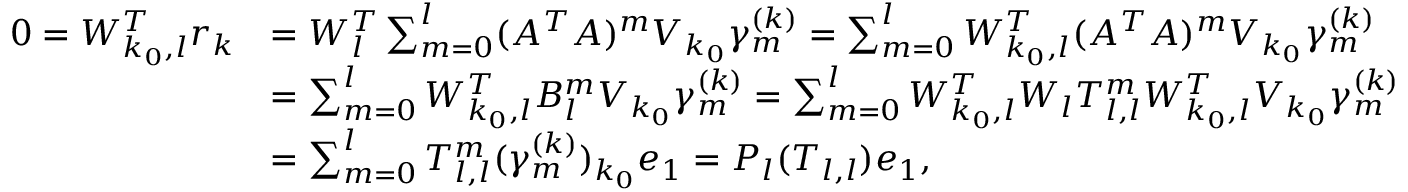
\begin{array} { r l } { 0 = W _ { k _ { 0 } , l } ^ { T } r _ { k } } & { = W _ { l } ^ { T } \sum _ { m = 0 } ^ { l } ( A ^ { T } A ) ^ { m } V _ { k _ { 0 } } \gamma _ { m } ^ { ( k ) } = \sum _ { m = 0 } ^ { l } W _ { k _ { 0 } , l } ^ { T } ( A ^ { T } A ) ^ { m } V _ { k _ { 0 } } \gamma _ { m } ^ { ( k ) } } \\ & { = \sum _ { m = 0 } ^ { l } W _ { k _ { 0 } , l } ^ { T } B _ { l } ^ { m } V _ { k _ { 0 } } \gamma _ { m } ^ { ( k ) } = \sum _ { m = 0 } ^ { l } W _ { k _ { 0 } , l } ^ { T } W _ { l } T _ { l , l } ^ { m } W _ { k _ { 0 } , l } ^ { T } V _ { k _ { 0 } } \gamma _ { m } ^ { ( k ) } } \\ & { = \sum _ { m = 0 } ^ { l } T _ { l , l } ^ { m } ( \gamma _ { m } ^ { ( k ) } ) _ { k _ { 0 } } e _ { 1 } = P _ { l } ( T _ { l , l } ) e _ { 1 } , } \end{array}